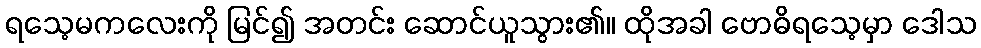
ရသေ့မကလေးကို မြင်၍ အတင်း ဆောင်ယူသွား၏။ ထိုအခါ ဗောဓိရသေ့မှာ ဒေါသ